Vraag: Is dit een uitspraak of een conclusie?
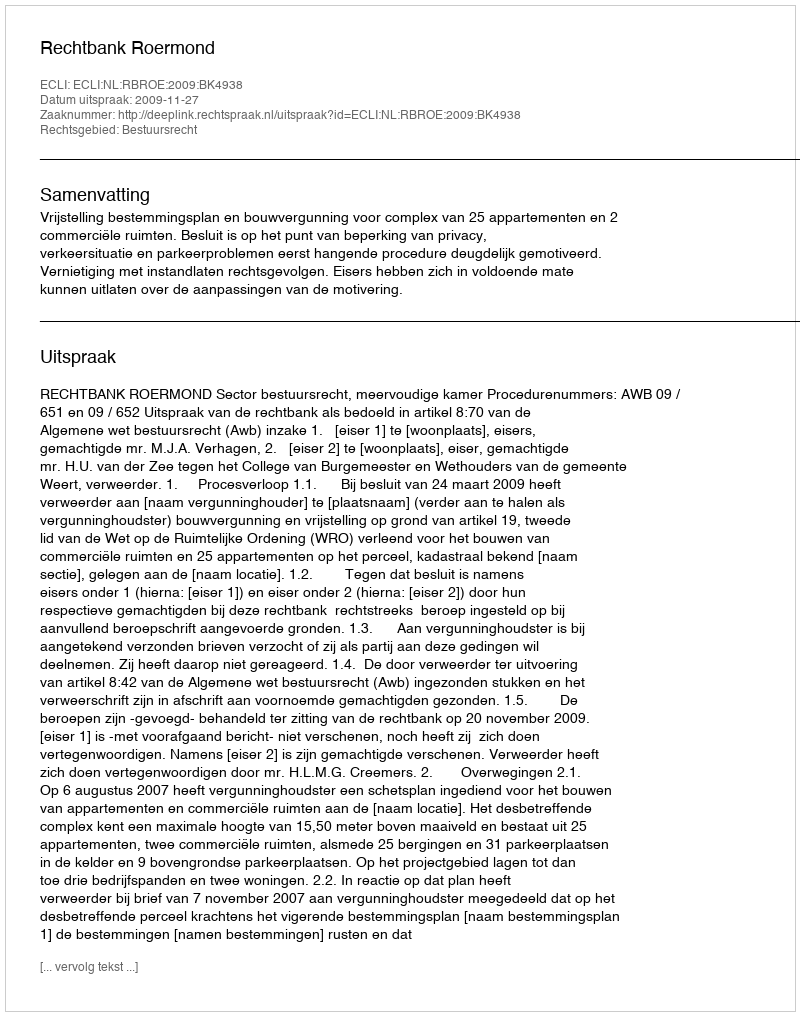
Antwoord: Uitspraak